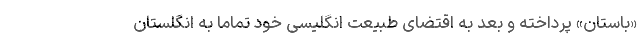
«باستان» پرداخته و بعد به اقتضای طبیعتِ انگلیسی خود تماماً به انگلستان